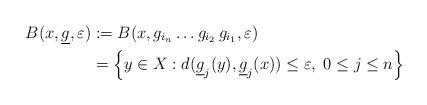
\begin{align*}B(x,\underline g,\varepsilon)&:= B(x,g_{i_{n}} \dots g_{i_2} \, g_{i_1},\varepsilon)\\&= \Big\{y\in X: d( \underline g_j (y), \underline g_j (x) ) \le \varepsilon, \; 0\le j \le n \Big\}\end{align*}